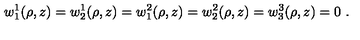
w _ { 1 } ^ { 1 } ( \rho , z ) = w _ { 2 } ^ { 1 } ( \rho , z ) = w _ { 1 } ^ { 2 } ( \rho , z ) = w _ { 2 } ^ { 2 } ( \rho , z ) = w _ { 3 } ^ { 3 } ( \rho , z ) = 0 \ .